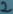
Text: 2